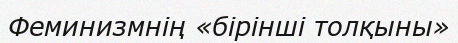
Феминизмнің «бірінші толқыны»